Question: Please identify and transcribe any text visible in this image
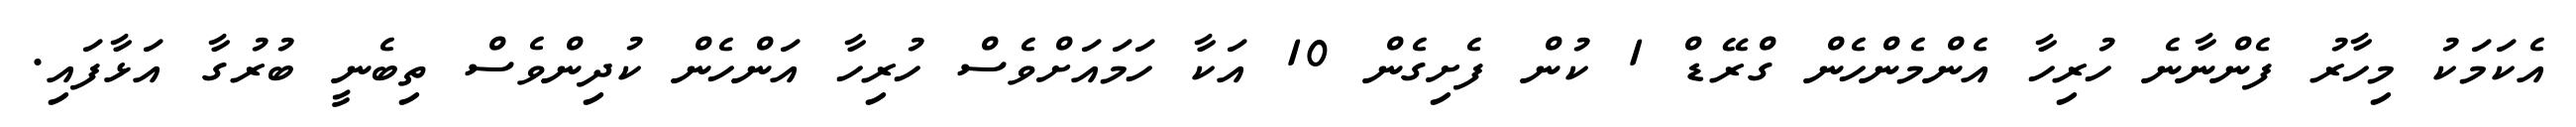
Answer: އެކަމަކު މިހާރު ފެންނާނެ ހުރިހާ އެންމެންހެން ގްރޭޑް 1 ކުން ފެށިގެން 10 އަކާ ހަމައަށްވެސް ހުރިހާ އަންހެން ކުދިންވެސް ތިބެނީ ބުރުގާ އަޅާފައި.